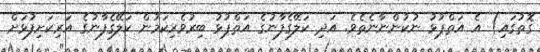
ގޮތުގައި) އެ އަތްޕުޅު ނުކުންނާނެތެވެ. އަދި ކަލޭގެފާނުގެ އަތްޕުޅު ބިރުވެރިކަމުން ކަލޭގެފާނުގެ އަރިކަށިފުޅަށް